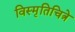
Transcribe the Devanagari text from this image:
विस्मृतिचित्रे